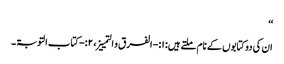
‘‘
ان کی دوکتابوں کے نام ملتے ہیں: ۱:- الفرق و التمییز، ۲:-کتاب التوبۃ ۔